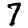
Digit: 7